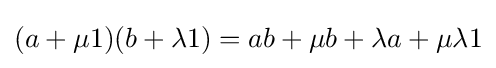
(a+\mu 1)(b+\lambda 1)=ab+\mu b+\lambda a+\mu \lambda 1